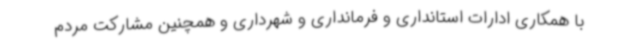
با همکاری ادارات استانداری و فرمانداری و شهرداری و همچنین مشارکت مردم